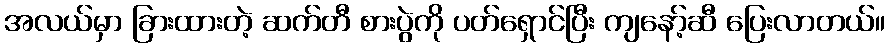
အလယ်မှာ ခြားထားတဲ့ ဆက်တီ စားပွဲကို ပတ်ရှောင်ပြီး ကျနော့်ဆီ ပြေးလာတယ်။